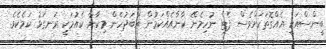
ބީންސްއަކީ އެއްގޮތަކަށްވެސް ފެޓް ނުހިމެނޭ ކާނާއެއްކަމުން އަބަދުހެން މިކާނާ ކެއުމަކީ ރަނގަޅު ކަމެކެވެ.